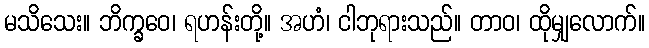
မသိသေး။ ဘိက္ခဝေ၊ ရဟန်းတို့။ အဟံ၊ ငါဘုရားသည်။ တာဝ၊ ထိုမျှလောက်။